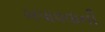
ખપાવવાની